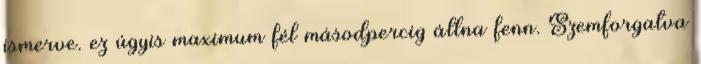
ismerve. ez úgyis maximum fél másodpercig állna fenn. Szemforgatva